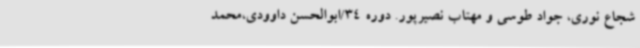
شجاع نوری، جواد طوسی و مهتاب نصیرپور. دوره 34/ابوالحسن داوودی،محمد